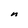
Character: n